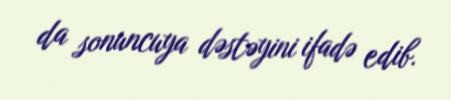
da sonuncuya dəstəyini ifadə edib.